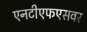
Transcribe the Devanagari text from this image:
एनटीएफएसवर